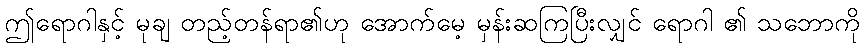
ဤရောဂါနှင့် မုချ တည့်တန်ရာ၏ဟု အောက်မေ့ မှန်းဆကြပြီးလျှင် ရောဂါ ၏ သဘောကို